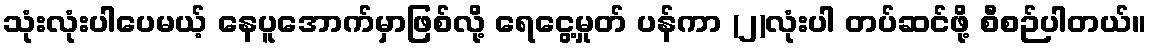
သုံးလုံးပါပေမယ့် နေပူအောက်မှာဖြစ်လို့ ရေငွေ့မှုတ် ပန်ကာ (၂)လုံးပါ တပ်ဆင်ဖို့ စီစဉ်ပါတယ်။